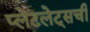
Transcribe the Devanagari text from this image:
प्लेटलेट्‌सची